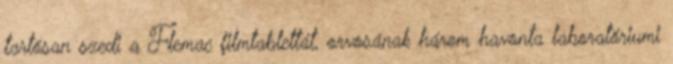
tartósan szedi a Flemac filmtablettát, orvosának három havonta laboratóriumi